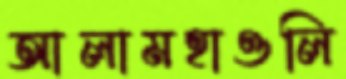
আলামহাওলি